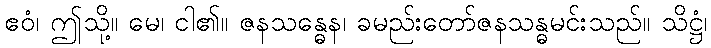
ဧဝံ၊ ဤသို့။ မေ၊ ငါ၏။ ဇနသန္ဓေန၊ ခမည်းတော်ဇနသန္ဓမင်းသည်။ သိဋ္ဌံ၊